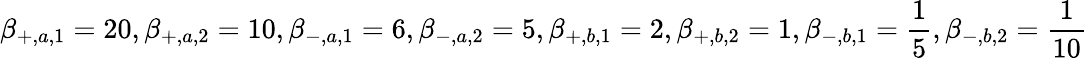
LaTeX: \beta_{+,a,1}=20,\beta_{+,a,2}=10,\beta_{-,a,1}=6,\beta_{-,a,2}=5,\beta_{+,b,1}=2,\beta_{+,b,2}=1,\beta_{-,b,1}=\frac{1}{5},\beta_{-,b,2}=\frac{1}{10}